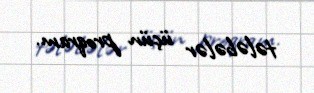
tələbələr üçün proqram.